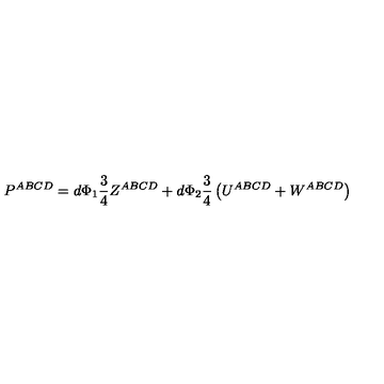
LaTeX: P ^ { A B C D } = d \Phi _ { 1 } \frac { 3 } { 4 } Z ^ { A B C D } + d \Phi _ { 2 } \frac { 3 } { 4 } \left( U ^ { A B C D } + W ^ { A B C D } \right)